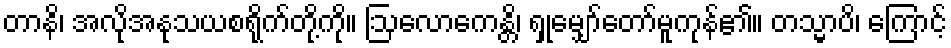
တာနိ၊ အလိုအနုသယစရိုက်တို့ကို။ ဩလောကေန္တိ၊ ရှုမျှော်တော်မူကုန်၏။ တသ္မာပိ၊ ကြောင့်